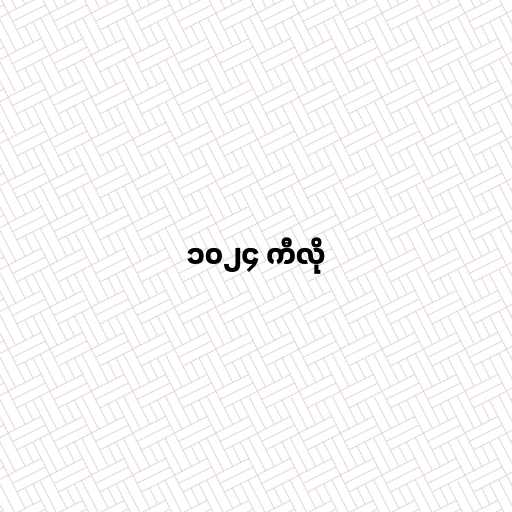
၁၀၂၄ ကီလို